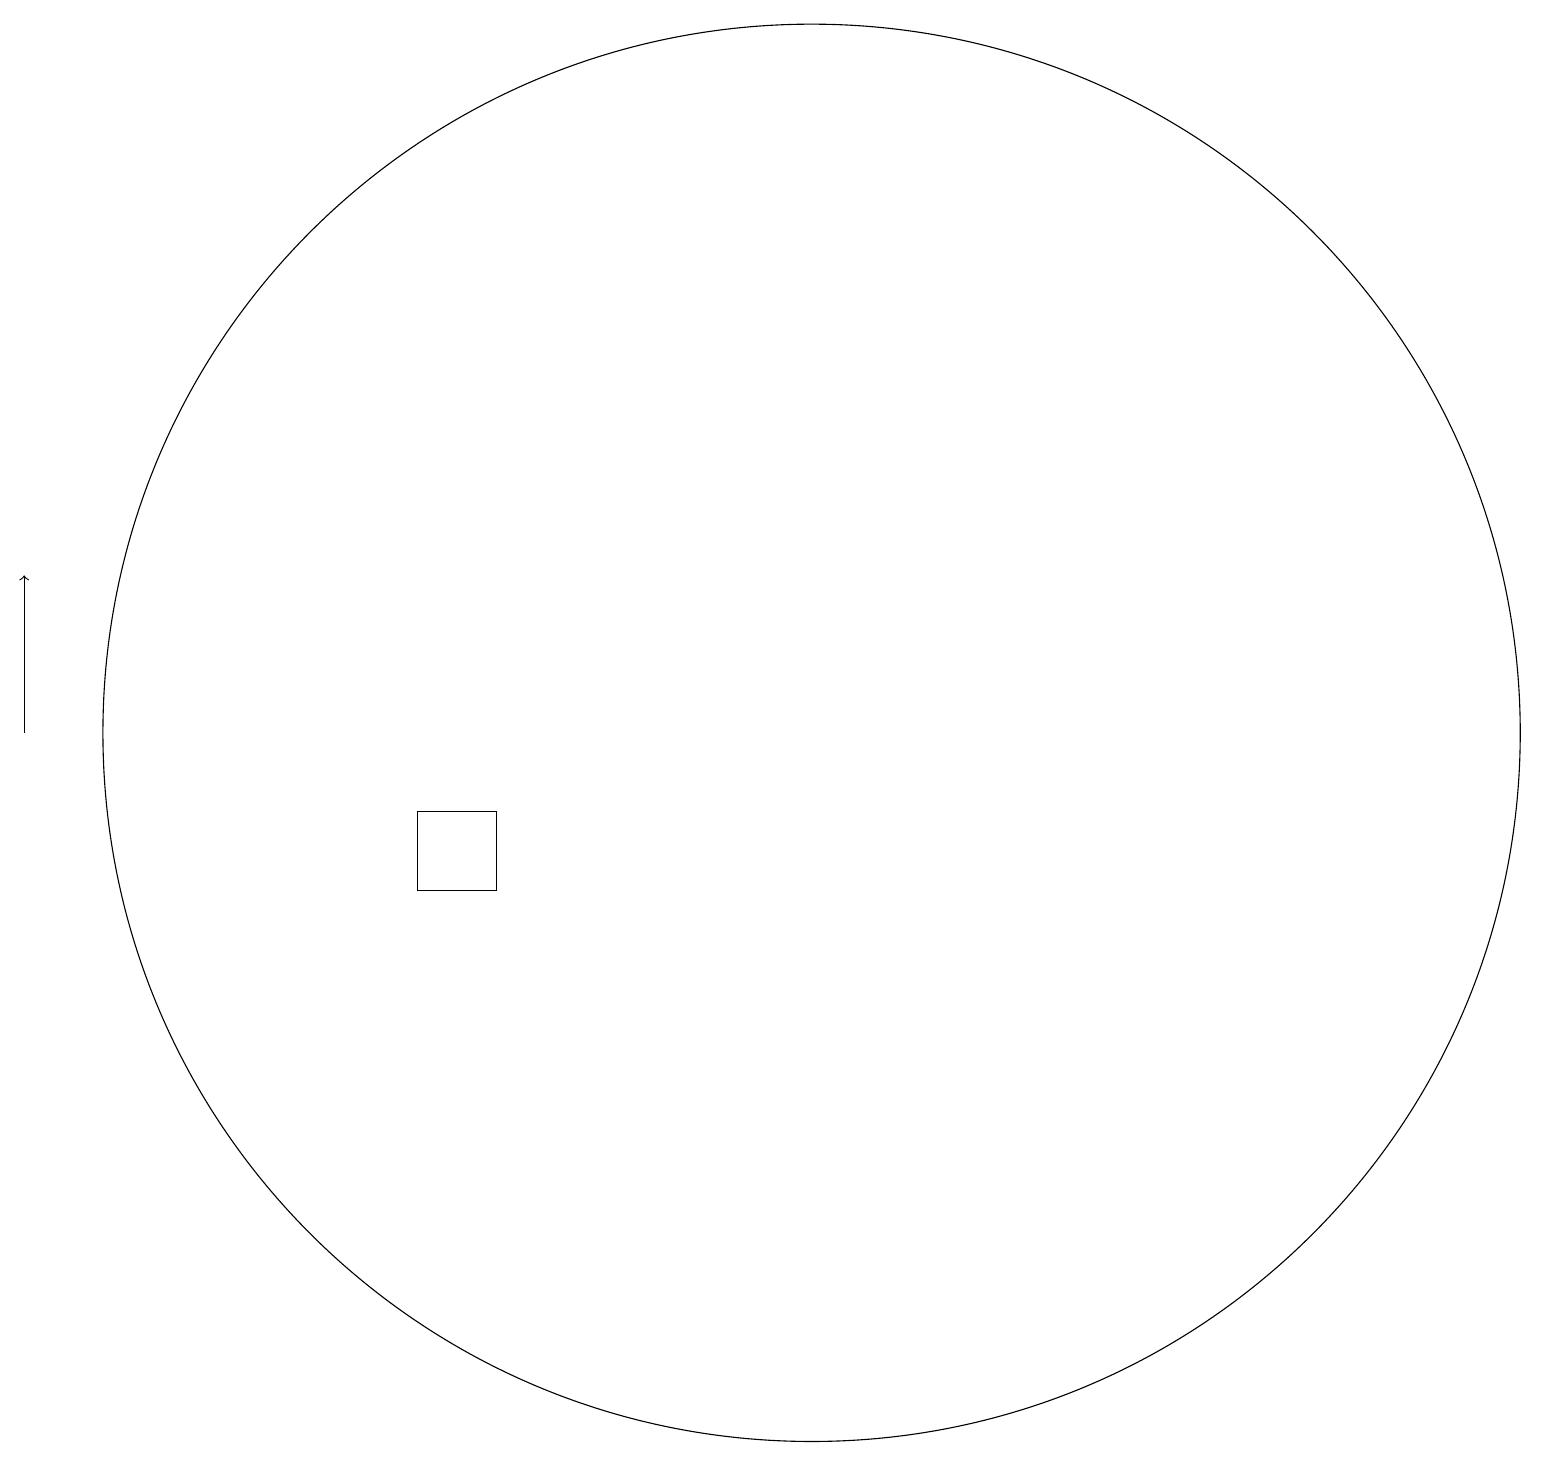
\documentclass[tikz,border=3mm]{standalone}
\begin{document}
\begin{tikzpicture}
\draw (12,12) circle (9);
\draw (8,11) rectangle (7,10);
\draw[->] (2,12) -- (2,14);
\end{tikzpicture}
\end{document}